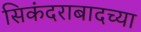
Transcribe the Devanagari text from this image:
सिकंदराबादच्या